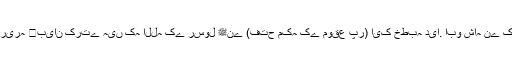
‘‘اسی طرح سیدنا ابوهریرہ ﷜بیان کرتے ہیں کہ اللہ کے رسول ﷺنے (فتح مکہ کے موقع پر) ایک خطبہ دیا. ابو شاہ نے کہا: اے اللہ کے رسول!